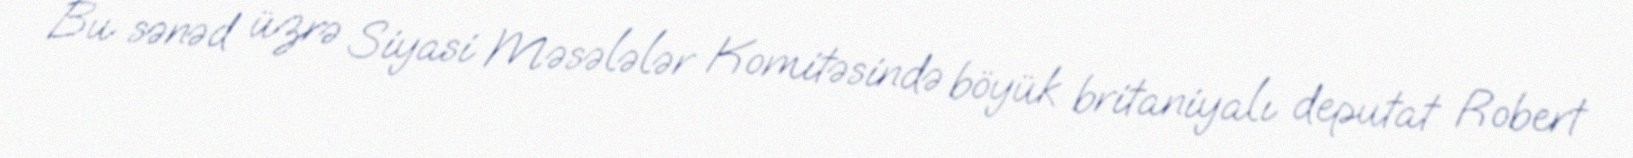
Bu sənəd üzrə Siyasi Məsələlər Komitəsində böyük britaniyalı deputat Robert